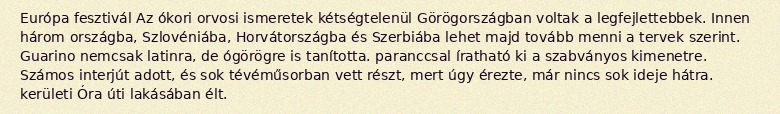
Európa fesztivál Az ókori orvosi ismeretek kétségtelenül Görögországban voltak a legfejlettebbek. Innen három országba, Szlovéniába, Horvátországba és Szerbiába lehet majd tovább menni a tervek szerint. Guarino nemcsak latinra, de ógörögre is tanította. paranccsal íratható ki a szabványos kimenetre. Számos interjút adott, és sok tévéműsorban vett részt, mert úgy érezte, már nincs sok ideje hátra. kerületi Óra úti lakásában élt.